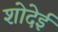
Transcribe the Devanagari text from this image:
शोदेई